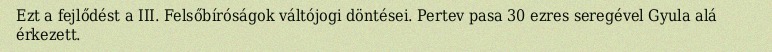
Ezt a fejlődést a III. Felsőbíróságok váltójogi döntései. Pertev pasa 30 ezres seregével Gyula alá érkezett.